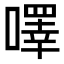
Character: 㘁